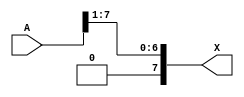
module shiftright(X,A);
input [7:0]A;
output [7:0]X;
assign X[0]=A[1];
assign X[1]=A[2];
assign X[2]=A[3];
assign X[3]=A[4];
assign X[4]=A[5];
assign X[5]=A[6];
assign X[6]=A[7];
assign X[7]=1'b0;
endmodule